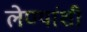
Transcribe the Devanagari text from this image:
लेण्यांशी